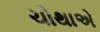
ચોથાએ